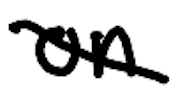
Text: on
Cross-out: diagonal
Writing tool: digital_black